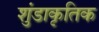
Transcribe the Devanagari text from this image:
शुंडाकृतिक